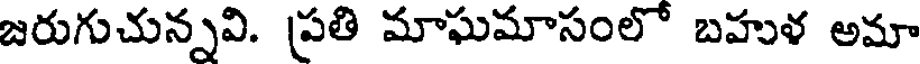
జరుగుచున్నవి. ప్రతి మాఘమాసంలో బహుళ అమా